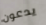
يدعون